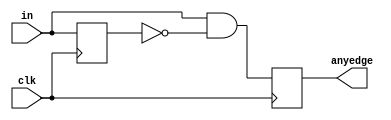
module top_module (
    input clk,
    input [7:0] in,
    output reg [7:0] anyedge
);

    reg [7:0] prev_in; // Register to store the previous state of input

    always @(posedge clk) begin
        anyedge <= (in & ~prev_in); // Detecting the 0 to 1 edge for each bit
        prev_in <= in; // Storing the current input state for the next clock cycle
    end

endmodule